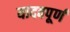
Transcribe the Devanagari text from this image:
यादवपूर्ण